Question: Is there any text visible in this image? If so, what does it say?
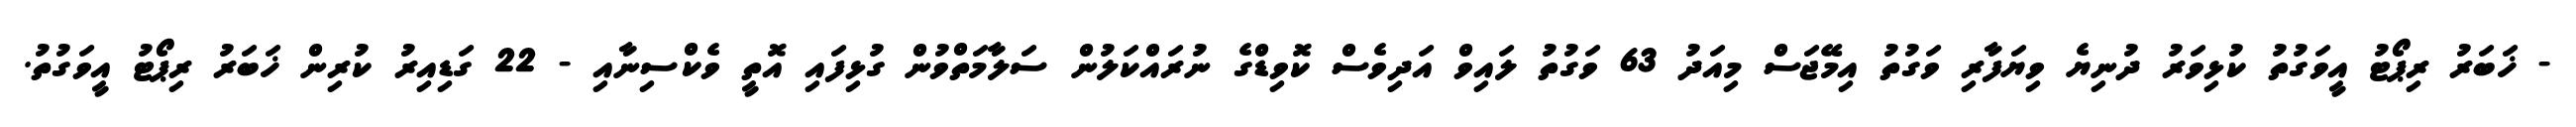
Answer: - ޚަބަރު ރިޕޯޓު އީވަގުތު ކުޅިވަރު ދުނިޔެ ވިޔަފާރި ވަގުތު އިމޭޖަސް މިއަދު 63 ވަގުތު ލައިވް އަދިވެސް ކޮވިޑްގެ ނުރައްކަލުން ސަލާމަތްވުން ގުޅިފައި އޮތީ ވެކްސިނާއި - 22 ގަޑިއިރު ކުރިން ޚަބަރު ރިޕޯޓު އީވަގުތު.